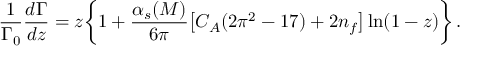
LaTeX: \frac { 1 } { \Gamma _ { 0 } } \frac { d \Gamma } { d z } = z \bigg \{ 1 + \frac { \alpha _ { s } ( M ) } { 6 \pi } \big [ C _ { A } ( 2 \pi ^ { 2 } - 1 7 ) + 2 n _ { f } \big ] \ln ( 1 - z ) \bigg \} \, .